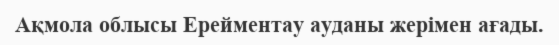
Ақмола облысы Ерейментау ауданы жерімен ағады.